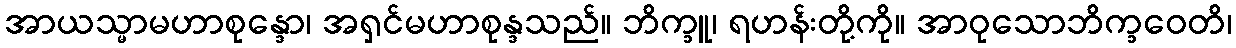
အာယသ္မာမဟာစုန္ဒော၊ အရှင်မဟာစုန္ဒသည်။ ဘိက္ခူ၊ ရဟန်းတို့ကို။ အာဝုသောဘိက္ခဝေတိ၊